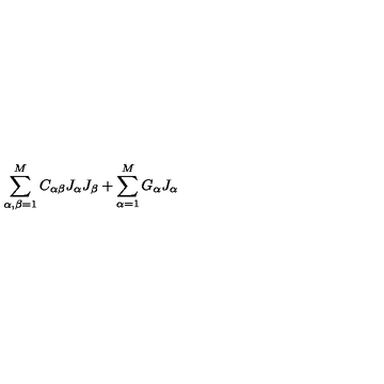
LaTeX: \sum _ { \alpha , \beta = 1 } ^ { M } C _ { \alpha \beta } J _ { \alpha } J _ { \beta } + \sum _ { \alpha = 1 } ^ { M } G _ { \alpha } J _ { \alpha }